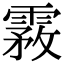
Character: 霚